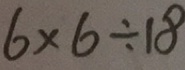
6 \times 6 \div 1 8